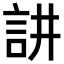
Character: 𮗻